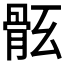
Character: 𩨤